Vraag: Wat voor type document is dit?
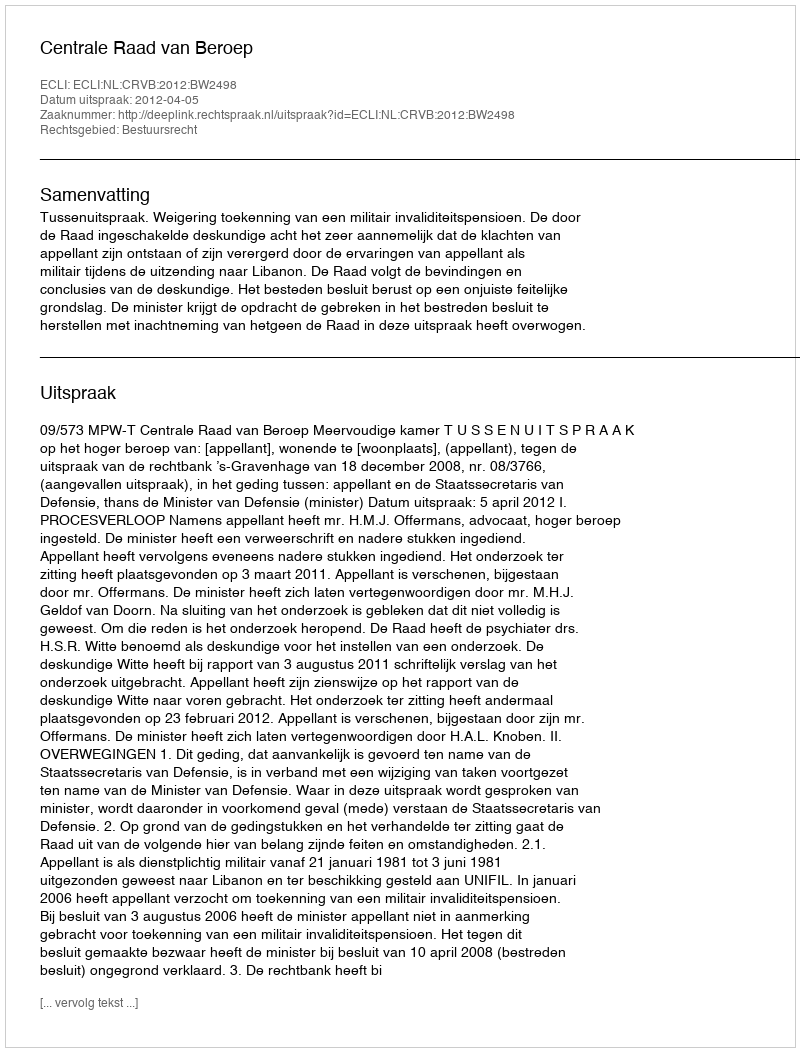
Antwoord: Uitspraak